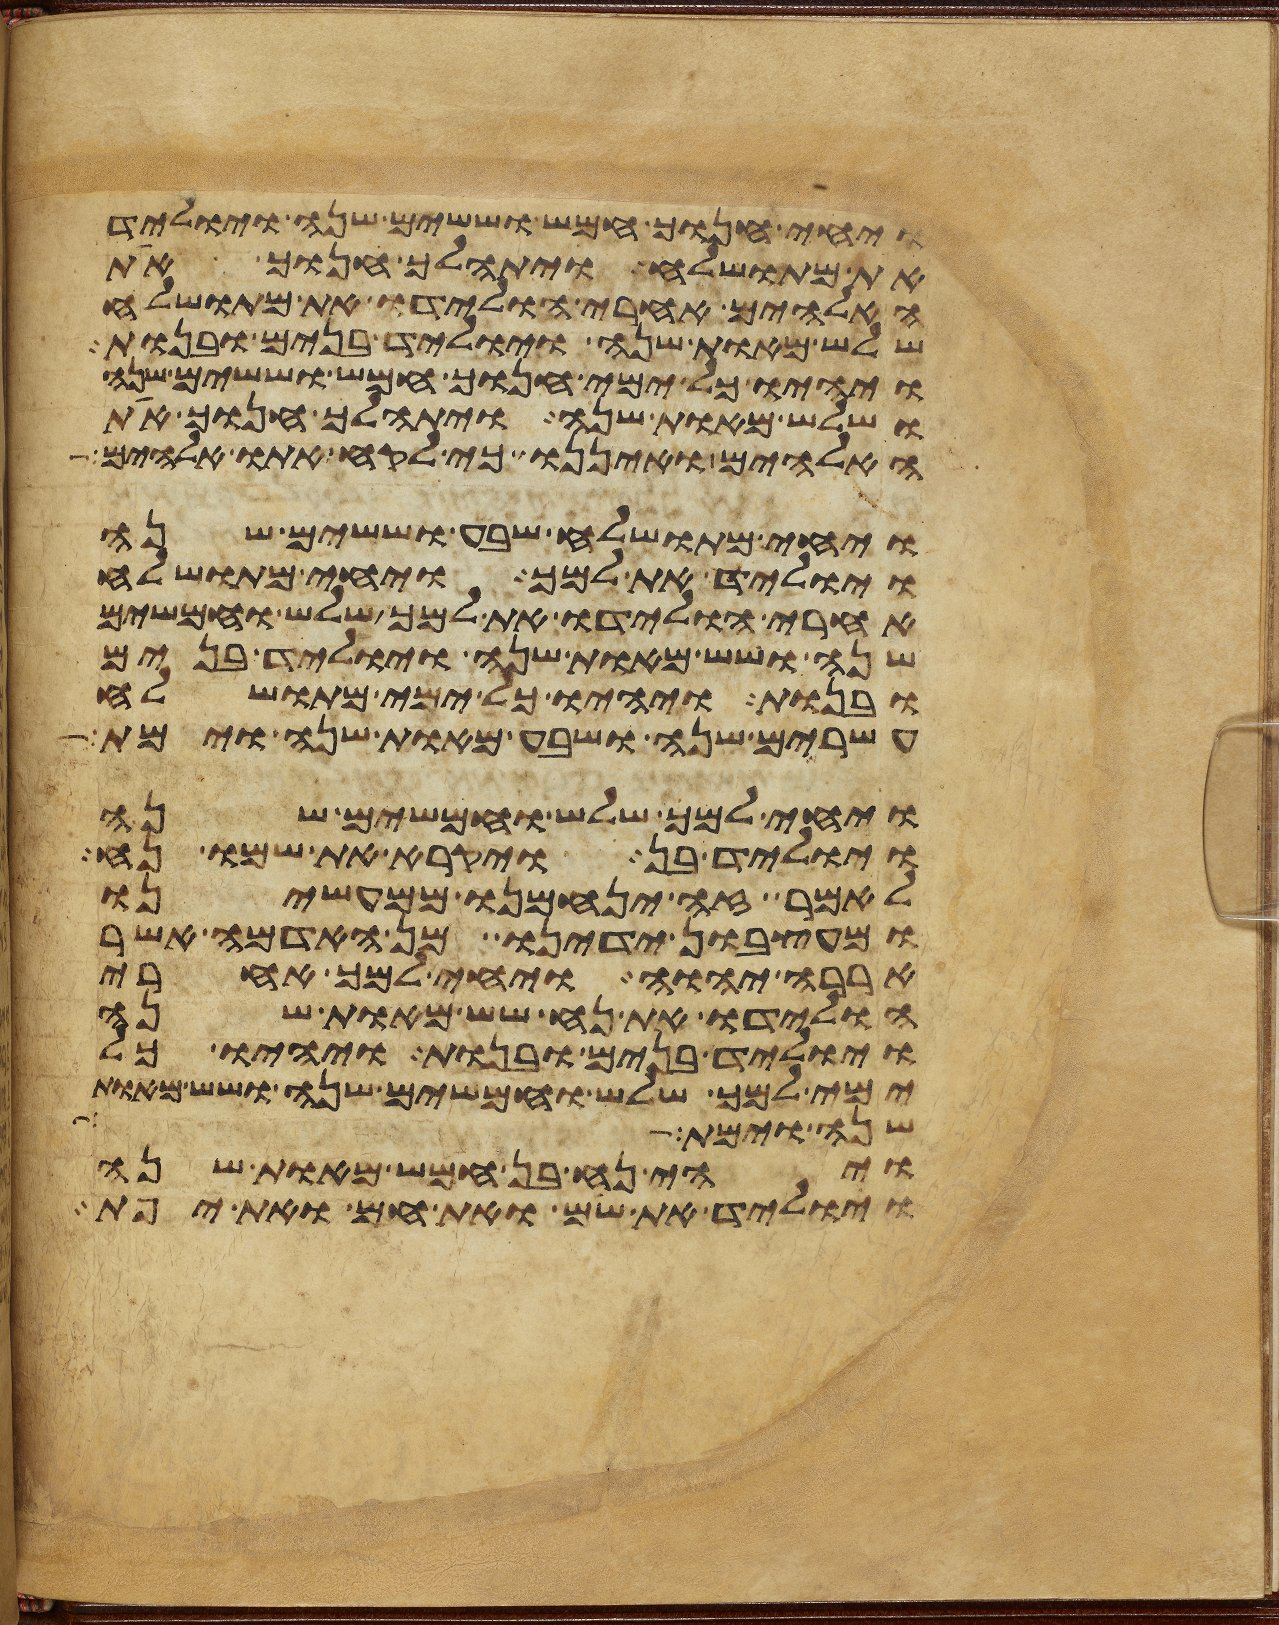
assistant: ויחי חנוך חמש וששים שנה ויוליד
את מתושלח ויתהלך חנוך את
האלהים אחרי הולידו את מתושלח
שלש מאות שנה ויוליד בנים ובנות
ויהיו כל ימי חנוך חמש וששים שנה
ושלש מאות שנה ויתהלך חנוך את
האלהים ואיננו כי לקח אתו אלהים
ויחי מתושלח שבע וששים שנה
ויוליד את למך ויחי מתושלח
אחרי הולידו את למך שלש וחמשים
שנה ושש מאות שנה ויוליד בנים
ובנות ויהיו כל ימי מתושלח
עשרים שנה ושבע מאות שנה וימת
ויחי למך שלש וחמשים שנה
ויוליד בן ויקרא את שמו נח
לאמר זה ינחמנו ממעשינו
ומעצבון ידינו מן האדמה אשר
אררה יהוה ויחי למך אחרי
הולידו את נח שש מאות שנה
ויוליד בנים ובנות ויהיו כל
ימי למך שלש וחמשים שנה ושש מאות
שנה וימת תרח
ויהי נח בן חמש מאות שנה
ויוליד את שם ואת חם ואת יפת